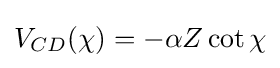
V_{CD}(\chi )=-\alpha Z\cot \chi